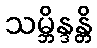
သမ္ဘိန္ဒန္တိ